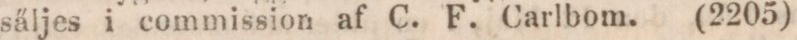
säljes i commission af C. F. Carlbom. (2205)